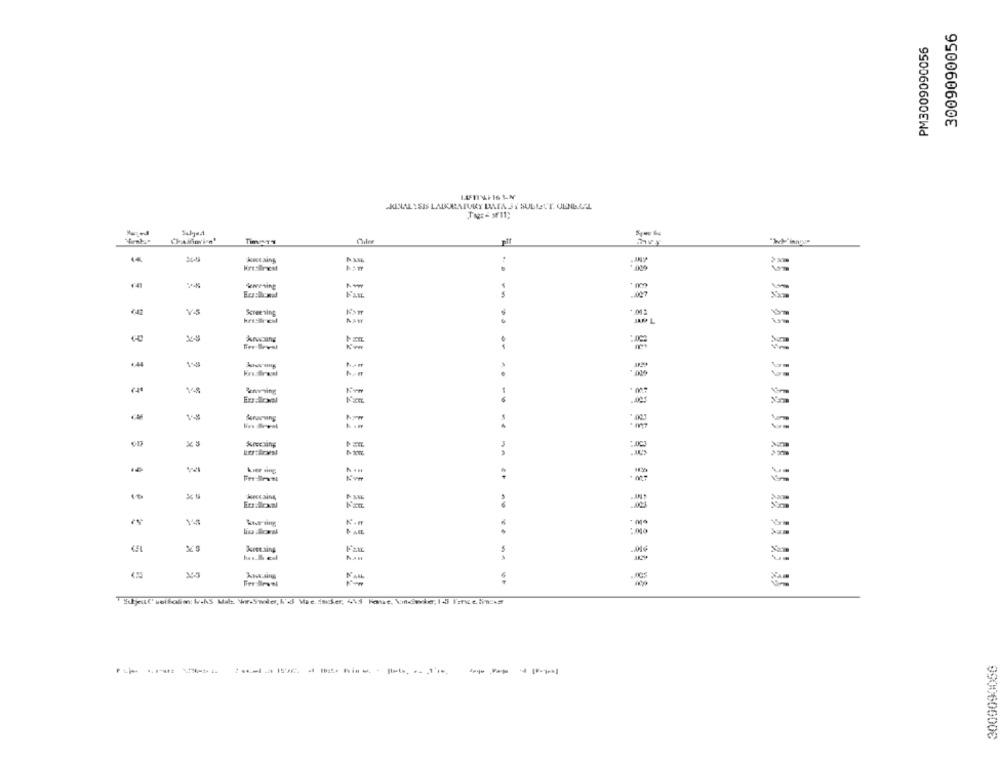
3009090056
PM3009090056
CRINAL YSIS LADURATURY DATA JI SULLETT. ULNELAL
HiresBrist
WAMing
PATE
Screening
*. 011
..
* *
koccaing,
Eu doxal
14
Kº.m
kees aing
NAM
9900606006